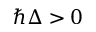
\hbar \Delta > 0